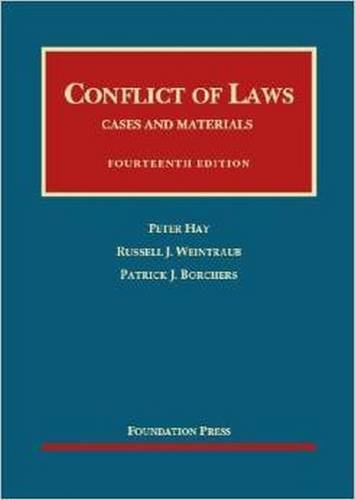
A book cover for Conflict of Laws (University Casebook Series); Peter Hay; Law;